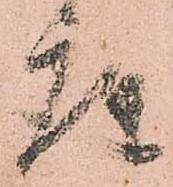
座